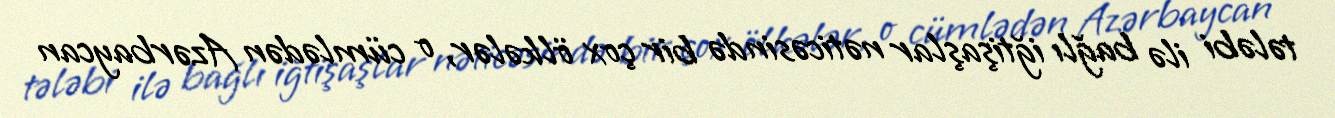
tələbi ilə bağlı iğtişaşlar nəticəsində bir çox ölkələr, o cümlədən Azərbaycan